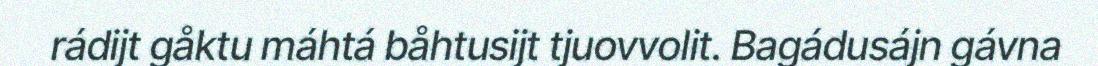
rádijt gåktu máhtá båhtusijt tjuovvolit. Bagádusájn gávna